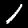
Digit: 1